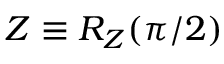
Z \equiv R _ { Z } ( \pi / 2 )